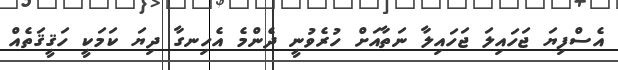
އެސްފިޔަ ޖަހައިލަ ޖަހައިލާ ނަތާއަށް ހުރެވުނީ ދެންމެ އެހިނގާ ދިޔަ ކަމަކީ ހަޤީޤަތެއް